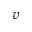
\boldsymbol { v }